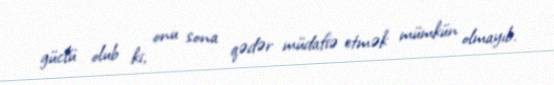
güclü olub ki, onu sona qədər müdafiə etmək mümkün olmayıb.